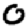
Digit: 0